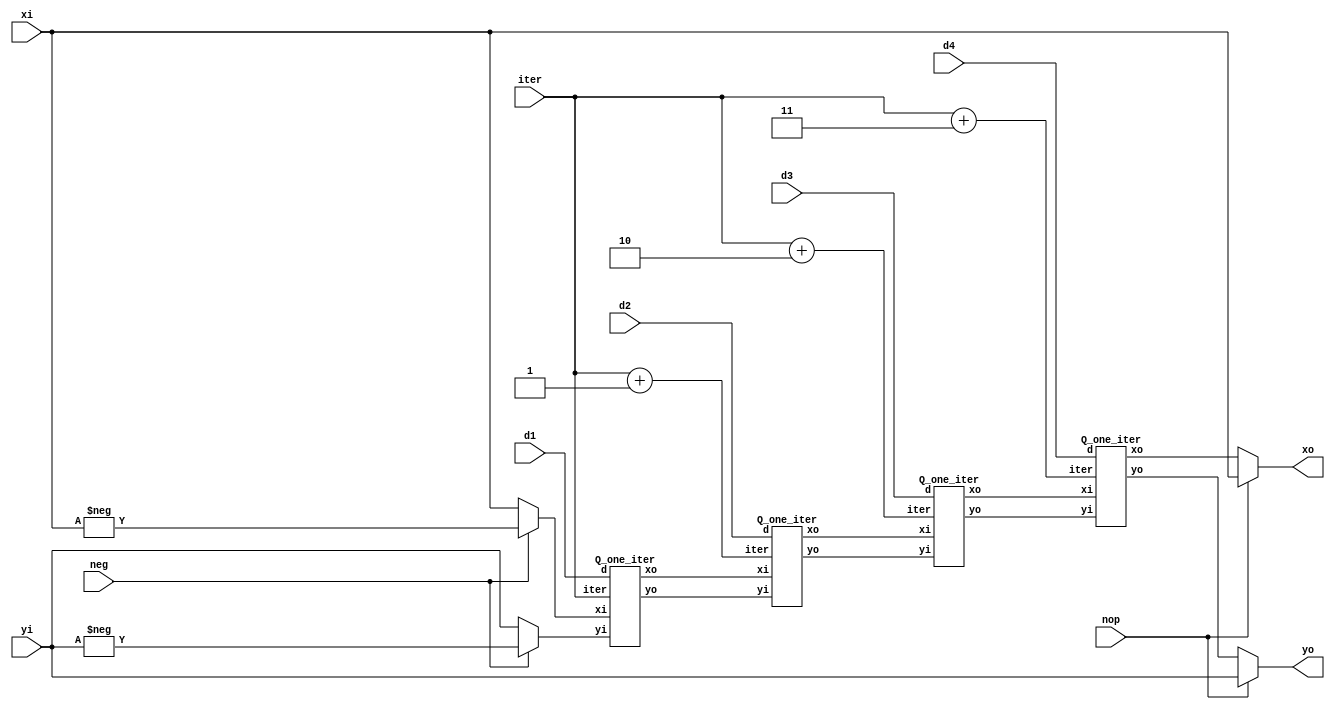
module Q #(
	parameter Q_LEN  = 12,
	parameter R_FRAC = 2
)(	
	input						nop,
	input	signed 	[Q_LEN-1:0] xi,
	input	signed 	[Q_LEN-1:0] yi,
	input			[3:0] 		iter,
	input			[1:0] 		d1,
	input			[1:0] 		d2,
	input			[1:0] 		d3,
	input			[1:0] 		d4,
	input						neg,
	
	output	signed 	[Q_LEN-1:0]	xo,
	output	signed 	[Q_LEN-1:0]	yo
);

wire signed [Q_LEN-1:0]	xi_0 = neg ? -xi : xi;
wire signed [Q_LEN-1:0]	yi_0 = neg ? -yi : yi;
	 
wire signed [Q_LEN-1:0]	xo_1;
wire signed [Q_LEN-1:0]	yo_1;

wire signed [Q_LEN-1:0]	xo_2;
wire signed [Q_LEN-1:0]	yo_2;
					
wire signed [Q_LEN-1:0]	xo_3;
wire signed [Q_LEN-1:0]	yo_3;

wire signed [Q_LEN-1:0]	xo_4;
wire signed [Q_LEN-1:0]	yo_4;

wire [3:0] iter_1 = iter;
wire [3:0] iter_2 = iter + 4'd1;
wire [3:0] iter_3 = iter + 4'd2;
wire [3:0] iter_4 = iter + 4'd3;

assign xo = nop ? xi : xo_4;
assign yo = nop ? yi : yo_4;

Q_one_iter Q_one_iter_inst_1(	
	.xi		(xi_0	),
	.yi  	(yi_0	),
	.iter	(iter_1	),
	.d   	(d1		),
	.xo  	(xo_1	),
	.yo  	(yo_1	)
);

Q_one_iter Q_one_iter_inst_2(	
	.xi		(xo_1	),
	.yi  	(yo_1	),
	.iter	(iter_2	),
	.d   	(d2		),
	.xo  	(xo_2	),
	.yo  	(yo_2	)
);

Q_one_iter Q_one_iter_inst_3(	
	.xi		(xo_2	),
	.yi  	(yo_2	),
	.iter	(iter_3	),
	.d   	(d3		),
	.xo  	(xo_3	),
	.yo  	(yo_3	)
);

Q_one_iter Q_one_iter_inst_4(	
	.xi		(xo_3	),
	.yi  	(yo_3	),
	.iter	(iter_4	),
	.d   	(d4		),
	.xo  	(xo_4	),
	.yo  	(yo_4	)
);

endmodule


module Q_one_iter #(
	parameter Q_LEN  = 12,
	parameter R_FRAC = 2
)
(	input        signed [Q_LEN-1:0] 	xi,
	input        signed [Q_LEN-1:0] 	yi,
	input				[3:0] 			iter,
	input				[1:0] 			d,
	output  reg  signed [Q_LEN-1:0]		xo,
	output  reg  signed [Q_LEN-1:0]		yo
);

always @(*) begin
	if(d == 2'd2) begin
        xo = xi;
		yo = yi;
    end
	else if(d == 2'd1) begin
		xo = xi - (yi >>> iter);
		yo = yi + (xi >>> iter);
	end
	else begin
		xo = xi + (yi >>> iter);
		yo = yi - (xi >>> iter);
	end
end

endmodule